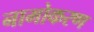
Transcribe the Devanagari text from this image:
नामोकरण